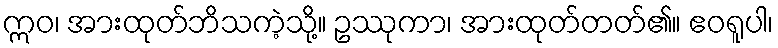
ဣဝ၊ အားထုတ်ဘိသကဲ့သို့။ ဥဿုကာ၊ အားထုတ်တတ်၏။ ဧဝရူပါ၊